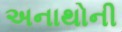
અનાથોની